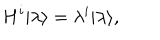
H ^ { i } | \lambda \rangle = \lambda ^ { i } | \lambda \rangle ,